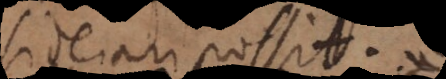
iderari possit,